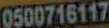
0500716117